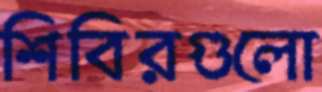
শিবিরগুলো